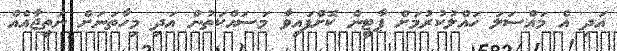
އަދި އެ މައްސަލަ ހައްލުކުރުމަށް ޕާޓީން ކޮށްފައިވާ މަސައްކަތުން އަދި މިހާތަނަށް ނަތީޖާއެއް